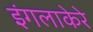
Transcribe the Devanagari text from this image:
इंगलाकेरे